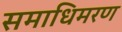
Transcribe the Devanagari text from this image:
समाधिमरण